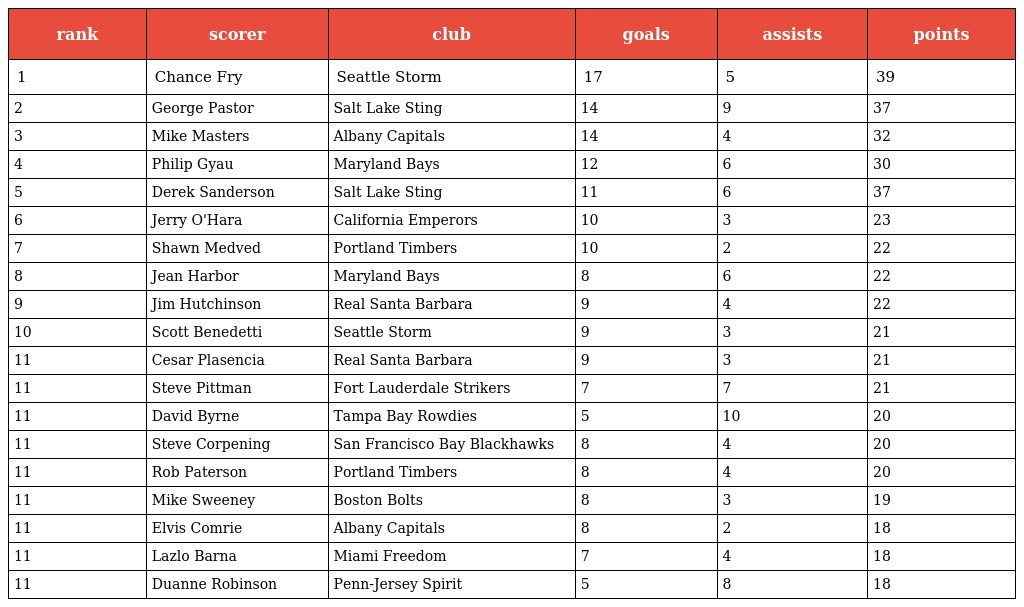
| rank | scorer | club | goals | assists | points |
 | --- | --- | --- | --- | --- | --- |
 | 1 | Chance Fry | Seattle Storm | 17 | 5 | 39 |
 | 2 | George Pastor | Salt Lake Sting | 14 | 9 | 37 |
 | 3 | Mike Masters | Albany Capitals | 14 | 4 | 32 |
 | 4 | Philip Gyau | Maryland Bays | 12 | 6 | 30 |
 | 5 | Derek Sanderson | Salt Lake Sting | 11 | 6 | 37 |
 | 6 | Jerry O'Hara | California Emperors | 10 | 3 | 23 |
 | 7 | Shawn Medved | Portland Timbers | 10 | 2 | 22 |
 | 8 | Jean Harbor | Maryland Bays | 8 | 6 | 22 |
 | 9 | Jim Hutchinson | Real Santa Barbara | 9 | 4 | 22 |
 | 10 | Scott Benedetti | Seattle Storm | 9 | 3 | 21 |
 | 11 | Cesar Plasencia | Real Santa Barbara | 9 | 3 | 21 |
 | 11 | Steve Pittman | Fort Lauderdale Strikers | 7 | 7 | 21 |
 | 11 | David Byrne | Tampa Bay Rowdies | 5 | 10 | 20 |
 | 11 | Steve Corpening | San Francisco Bay Blackhawks | 8 | 4 | 20 |
 | 11 | Rob Paterson | Portland Timbers | 8 | 4 | 20 |
 | 11 | Mike Sweeney | Boston Bolts | 8 | 3 | 19 |
 | 11 | Elvis Comrie | Albany Capitals | 8 | 2 | 18 |
 | 11 | Lazlo Barna | Miami Freedom | 7 | 4 | 18 |
 | 11 | Duanne Robinson | Penn-Jersey Spirit | 5 | 8 | 18 |